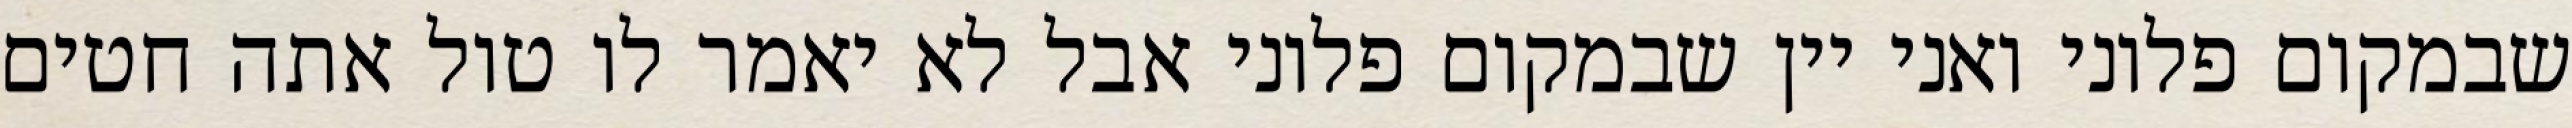
שבמקום פלוני ואני יין שבמקום פלוני אבל לא יאמר לו טול אתה חטים